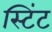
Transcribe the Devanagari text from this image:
स्टिंट